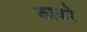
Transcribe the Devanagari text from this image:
काकरे